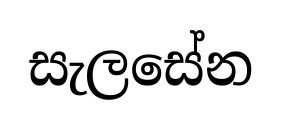
සැලසේන